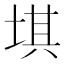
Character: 㙋